NAE_ERA_R-2362_Emakeele_Selts, lk 8
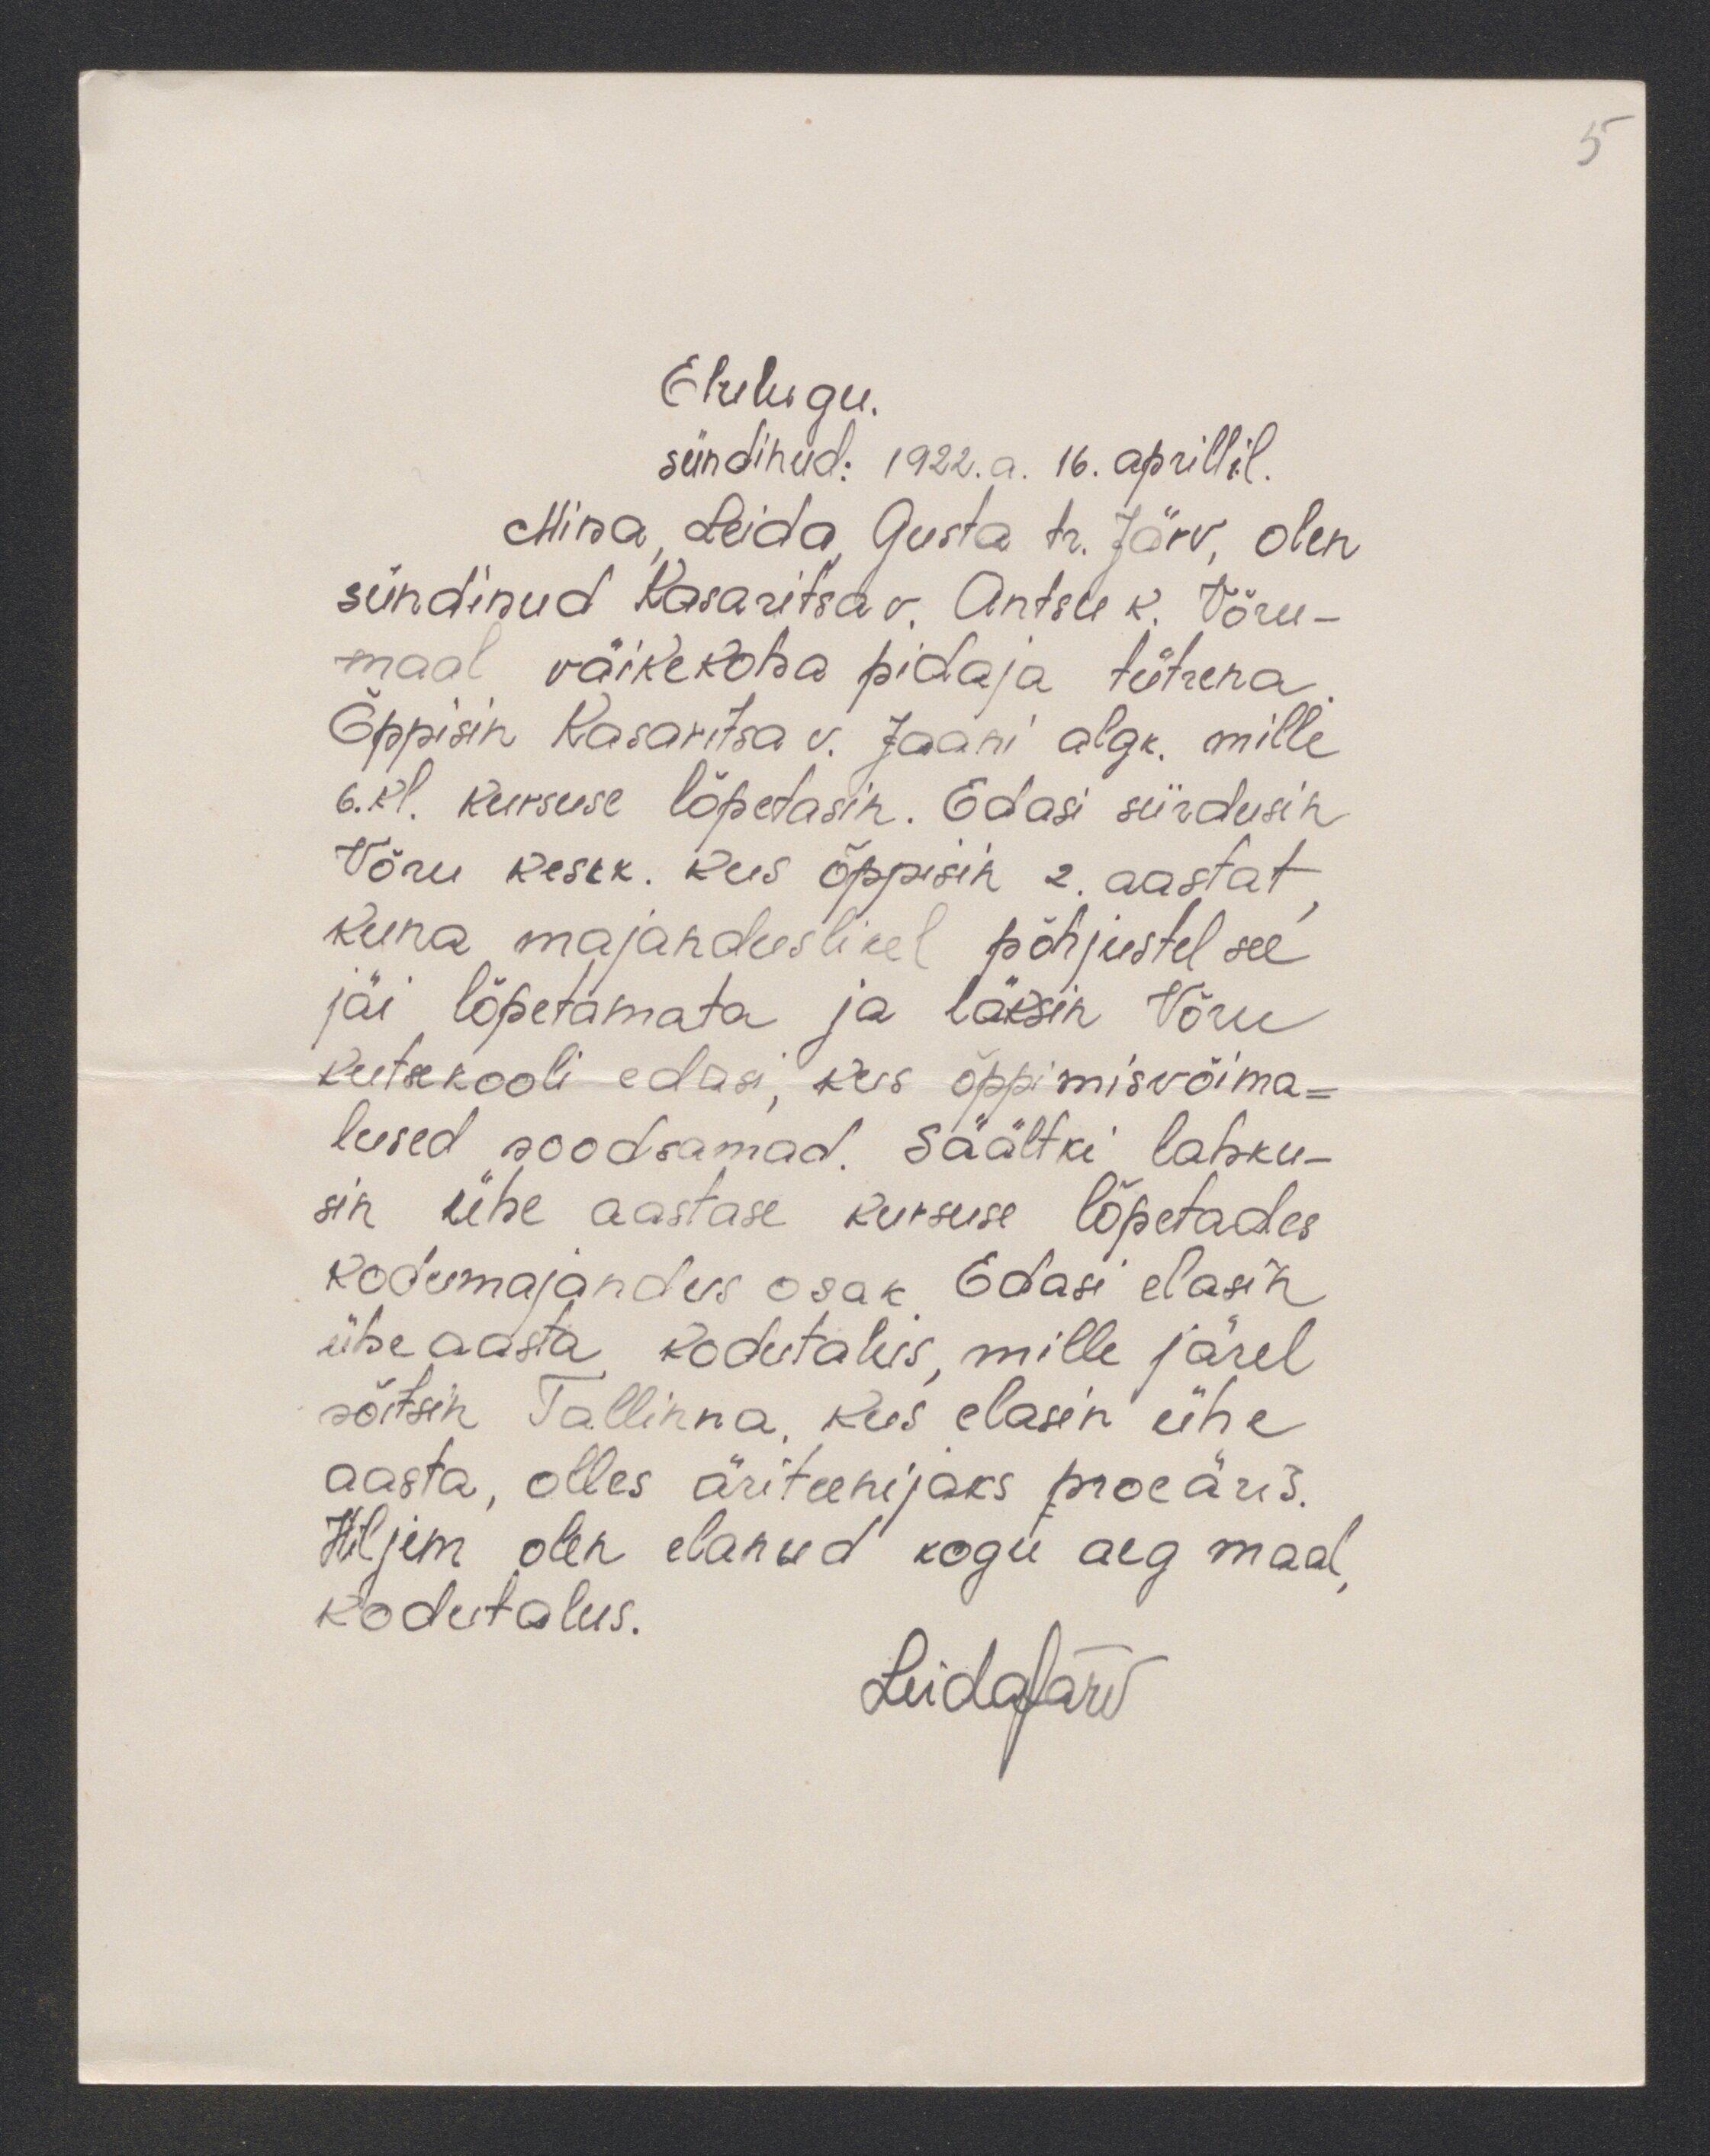
5

Elulugu.
sündinud: 1922. a. 16. aprillil.
Mina, Leida, Gusta tr. Järv, olen
sündinud Kasaritsa v. Antsu k. Võru-
maal väikekoha pidaja tütrena
Õppisin Kasaritsa v. Jaani algk, mille
6.kl. kursuse lõpetasin. Edasi siirdusin
Võru keskk. kus õppisin 2 aastat
kuna majanduslikel põhjustel see
jäi lõpetamata ja läksin Võru
kutsekooli edasi, kus õppimisvõima-
lused soodsamad. Säältki lahku-
sin ühe aastase kursuse lõpetades
kodumajandus osak. Edasi elasin
ühe aasta kodutalus, mille järel
sõitsin Tallinna, kus elasin ühe
aasta, olles äriteenijaks moeäris.
Hiljem olen elanud kogu aeg maal,
kodutalus.
LeidaJärv